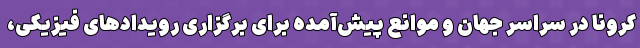
کرونا در سراسر جهان و موانع پیش‌آمده برای برگزاری رویدادهای فیزیکی،